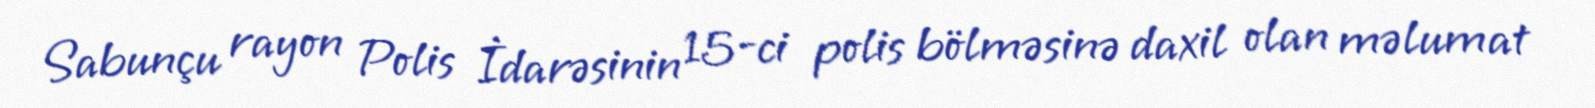
Sabunçu rayon Polis İdarəsinin 15-ci polis bölməsinə daxil olan məlumat